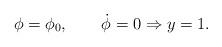
LaTeX: \begin{align*}{\phi=\phi_0,\qquad \dot{\phi}=0 \Rightarrow y=1.}\end{align*}